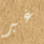
غير